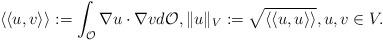
LaTeX: \begin{align*}\langle\langle u,v \rangle\rangle := \int_{\mathcal{O}} \nabla u \cdot \nabla v d\mathcal{O}, \lVert u \rVert_V := \sqrt{\langle\langle u,u \rangle\rangle }, u,v \in V.\end{align*}